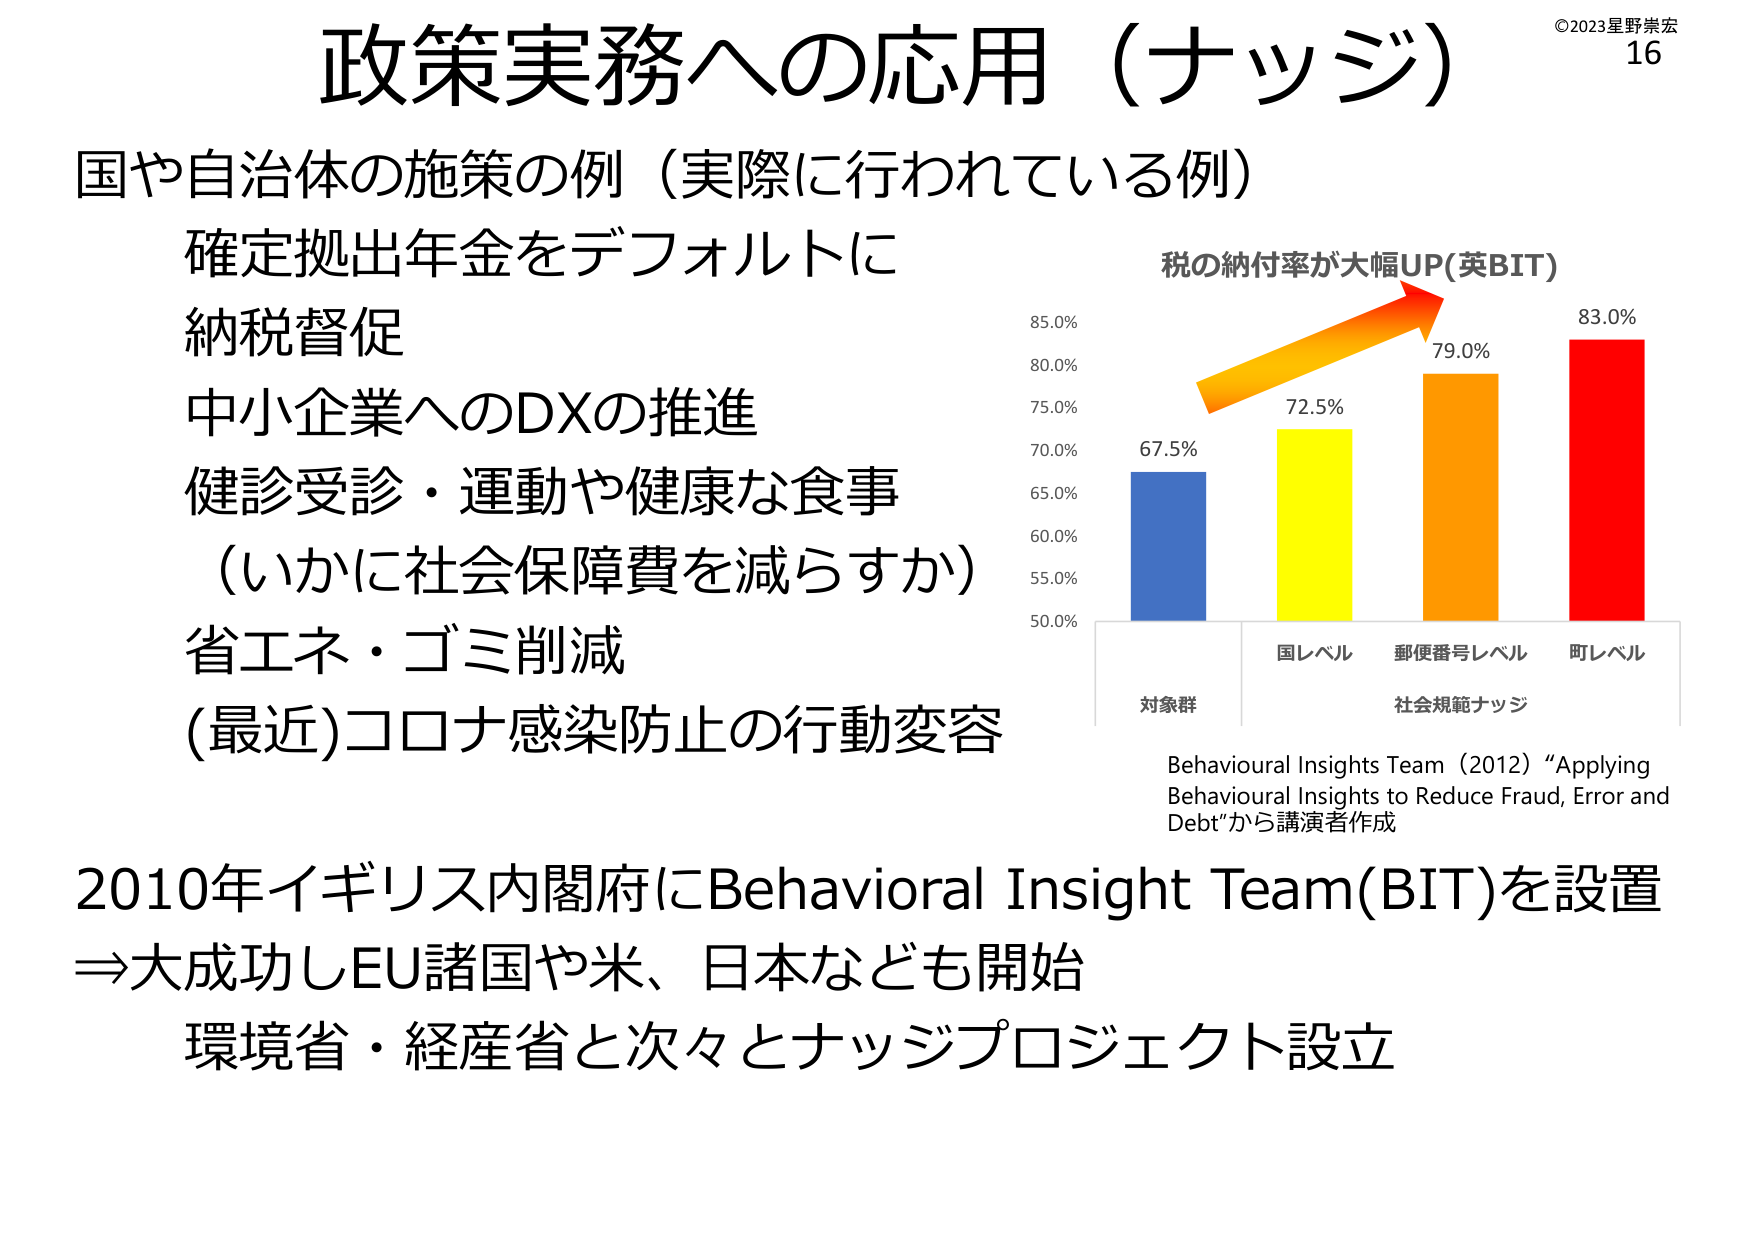
政策実務への応用（ナッジ）

国や自治体の施策の例（実際に行われている例）
確定拠出年金をデフォルトに
納税督促
中小企業へのDXの推進
健診受診・運動や健康な食事
（いかに社会保障費を減らすか）
省エネ・ゴミ削減
（最近）コロナ感染防止の行動変容

税の納付率が大幅UP(英BIT)
85.0%
80.0%
75.0%
70.0%
65.0%
60.0%
55.0%
50.0%
67.5%
72.5%
79.0%
83.0%
対象群
国レベル
郵便番号レベル
町レベル
社会規範ナッジ

Behavioural Insights Team (2012) “Applying Behavioural Insights to Reduce Fraud, Error and Debt”から講演者作成

2010年イギリス内閣府にBehavioral Insight Team(BIT)を設置
⇒大成功しEU諸国や米、日本なども開始
環境省・経産省と次々とナッジプロジェクト設立

©2023星野崇宏
16